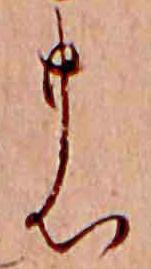
の